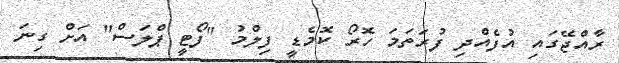
ރާއްޖޭގައި އުފެއްދި ފުރަތަމަ ހޮރޯ ކޮމެޑީ ފިލްމު "ފޯޓީ ޕްލަސް" އަށް ގިނަ